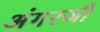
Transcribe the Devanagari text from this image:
अंगरजी